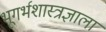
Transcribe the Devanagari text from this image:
भूगर्भशास्त्रज्ञाला